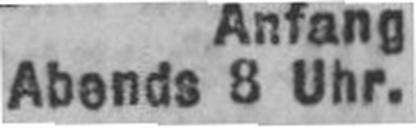
Abends 8 Uhr.